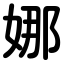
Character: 娜